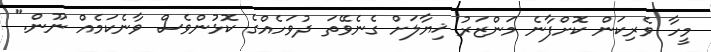
މީހާ ވެރިކަން ކޮށްފާނެ މަންޒަރު ޚިޔާލަށް ގެނެވޭތަ ދުވަހެއްގެ ކޮޅުންވެސް ވާނެކަމެއް ނޫން."